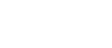
ခေါင်းထဲသို့